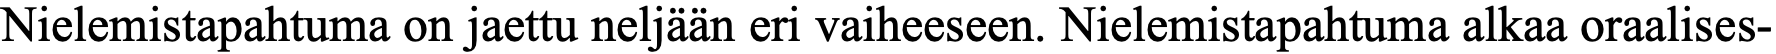
Nielemistapahtuma on jaettu neljään eri vaiheeseen. Nielemistapahtuma alkaa oraalises-